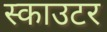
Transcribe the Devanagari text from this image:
स्काउटर